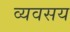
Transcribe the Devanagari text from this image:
व्यवसय